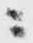
ニ